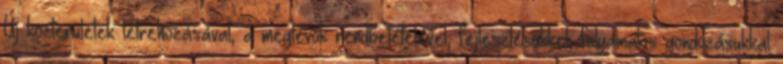
Új közterületek létrehozásával, a meglévők rendbetételével, fejlesztésükkel, folyamatos gondozásukkal